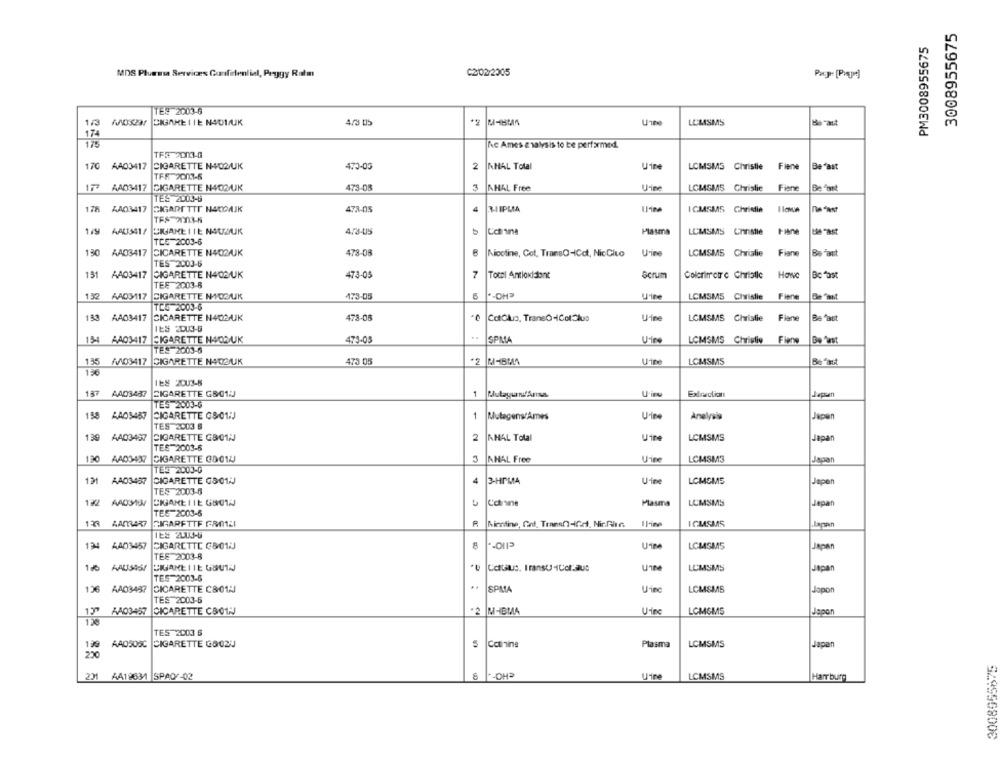
3008955675
PM3008955675
MDS Pluessa Services Confidential, Peggy Ratm
C2/02/2005
TES 2003-6
1/3 WOSZa
CIGARE 11E N401/UK
*2
LCMSMS
Be "ast
17:
175
fc Ames analysis to be performed.
TF# 2003-0
170 AA03417
CIGARETTE N402/UK
470-09
2
NHAL Total
Uine
LCMSMS Christie Fiene
Be "ast
TFF 2003-6
AA03417
CIGARETTE N402/UK
473-08
3
AHAL Free
U-ine
LOMSMS Christie
Fiene
Be "art
TES 2018
178 A403417
CIGARETTE HARDAJK
472-05
4
ICMSMS Christie
TFS 2013-5
1/9 AAUS41/
CIGARETTE NOUSUK
4.3-415
Plasma
LEMSMS Cnnstle
Le "a:st
TCS-2003-6
130
AA03417
CICARETTE N403/UK
478-08
Fiane
Be ast
Nicotine, Cot, TransO-ICot, NicCito
Urine
LCMSMS Christie
TES 2003-6
151
AA03417
CIGARETTE N4/02/UK
473-05
7
Total Antioxidont
Gerum
Colorimetr c Christie
TEE 2003-8
132
AAD3/117
CIGARETTE NYOS/UK
473-05
U'ine
LCMSMS Civislie
Fiene
De Tant
TCG 2003-6
33 AA03417
CIGARETTE N403/UK
478-08
CdGluo, TraneÒ-IColClus
LCMSMS Christie
Flene
Beast
IES 2003-5
..
154 AA03417
CIGARETTE N403/UK
473-05
SPMA
LCMSMS Christie
Fiene
Be Rast
TES 2003-6
135
/03417
CIGARETTE N400/UK
473 05
M-BMA
U'ine
LCMSMS
Be fast
150
IES 2OU3-8
137
AAD3487 CIGARETTE G&012
1
Extraction
Japsatt
TES 2003-6
198 AA03487
CIGARETTE GS01;J
1
Mutagens/Ames
Analysis
Japan
TES 2003 5
2
139
AA03497
CIGARETTE GB01NJ
KHAL Total
Uine
LCMSMS
Japan
TEE-2003-6
130
AA03437
CIGARETTE GO014
AHAL Free
Urine
LCMSM3
Japan
TES 2003-0
CIGARETTE GS01:J
4
3-HPMA
U-ine
LCMEMS
131 AA03487
Japen
TES 2003-6
122 AAD3104
CIGARE IIE GIOTA
Cotone
Plasma
LCMSMS
Japan
TES-2003-6
123
AADBAR7
CIGARETTE GRO1LI
Kinntine, Got. Transf-Det, Nir.Glic.
IGMSMS
IES 2LUJ-6
134
AA03457
CIGARETTE C801U
LCMSMS
Japan
TEE 2003-8
1/6
AAUT345/
Cottilus. Iranst-ICor.Que
UTBe
LUMSMS
Japan
TES 2003-6
126
AA03457 CICARETTE C&01;
SPMA
Uinc
LCMSMS
Japon
TES 2003-6
1.37
CICARETTE C8012
AA03457
2 M-BMA
LCMOMS
Japer
120
TES 2003 6
139
AAD508C
CIGARETTE GOOZU
Catning
Plasma
LCMSMS
Japan
250
AA19631 SPAQ -02
LCMSMS
Hamburg
928956800₺